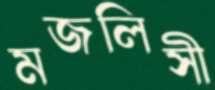
মজলিসী